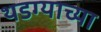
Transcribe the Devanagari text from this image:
थडग्याच्या